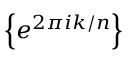
\left\{ e ^ { 2 \pi i k / n } \right\}